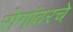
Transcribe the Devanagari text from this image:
रोगांवरचे